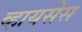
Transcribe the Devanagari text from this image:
व्हायसेस